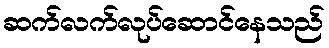
ဆက်လက်လုပ်ဆောင်နေသည်